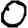
Digit: 0